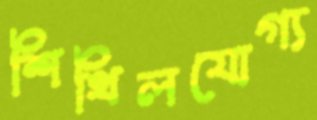
শিথিলযোগ্য